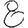
Digit: 8